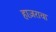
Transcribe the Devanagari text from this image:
हाज़रावा